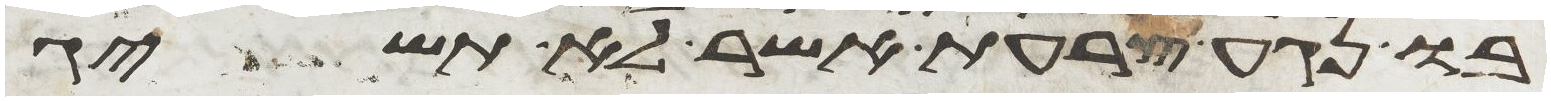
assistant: בו נגע צרעת אשר לא תשיג